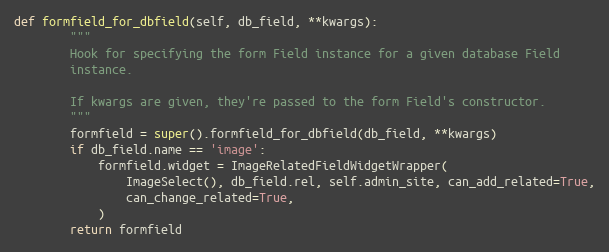
Language: Python
def formfield_for_dbfield(self, db_field, **kwargs):
        """
        Hook for specifying the form Field instance for a given database Field
        instance.

        If kwargs are given, they're passed to the form Field's constructor.
        """
        formfield = super().formfield_for_dbfield(db_field, **kwargs)
        if db_field.name == 'image':
            formfield.widget = ImageRelatedFieldWidgetWrapper(
                ImageSelect(), db_field.rel, self.admin_site, can_add_related=True,
                can_change_related=True,
            )
        return formfield